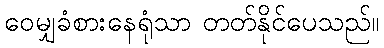
ဝေမျှခံစားနေရုံသာ တတ်နိုင်ပေသည်။